画像に写った文字を読んでください
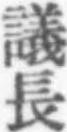
「議長」と書いてあります